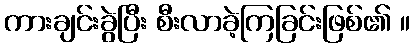
ကားချင်းခွဲပြီး စီးလာခဲ့ကြခြင်းဖြစ်၏ ။